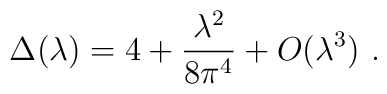
\Delta(\lambda)= 4 + {\lambda^2\over 8 \pi^4}+ O(\lambda^3)\ .